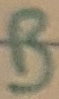
Text: B